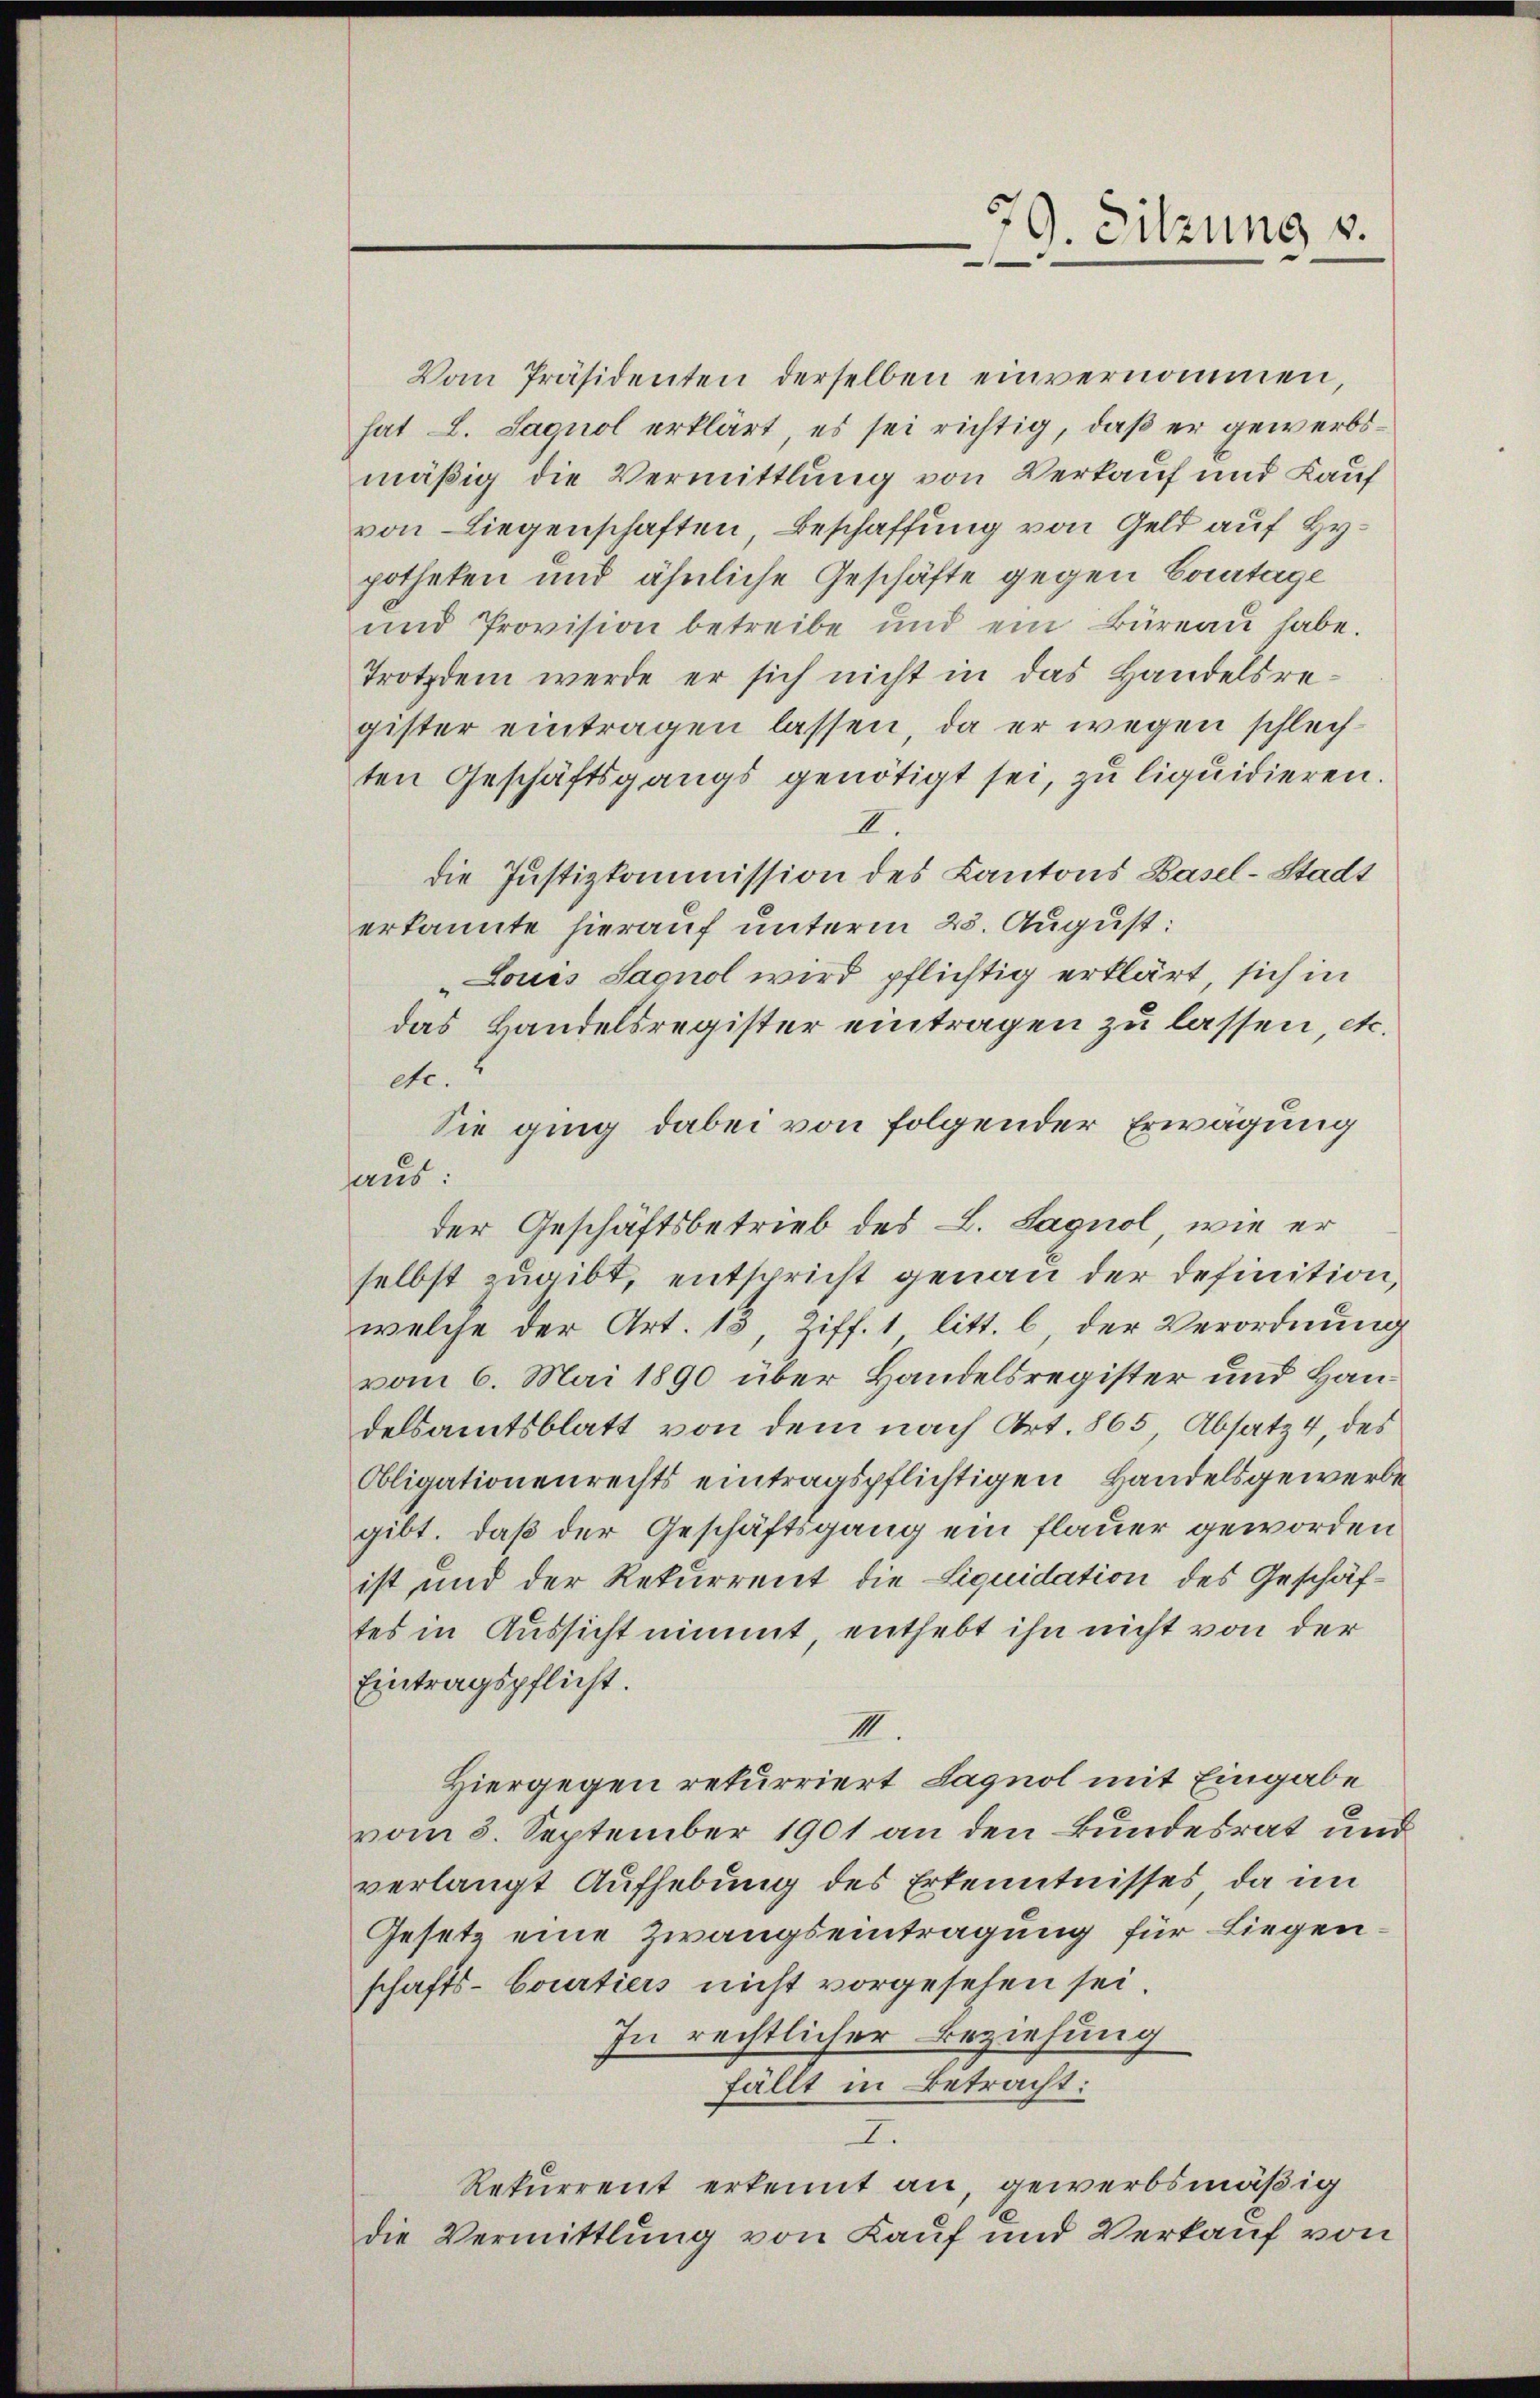
Vom Präsidenten derselben einvernommen,
hat L. Sagnol erklärt, es sei richtig, daß er gewerbsmäßig die Vermittlung von Verkauf und Kauf
von Liegenschaften Beschaffung von Geld auf Hypotheken und ähnliche Geschäfte gegen Courtage
und Provision betreibe und ein Büreaŭ habe.
Trotzdem werde er sich nicht in das Handelsre-
gister eintragen lassen, da er wegen schlechten Geschäftsgangs genötigt sei, zu liquidieren.
II.
die Justizkommission des Kantons Basel-Stadt
erkannte hierauf unterm 23. August:
Loues Sagnol wird pflichtig erklärt, sich in
das Handelsregister eintragen zu lassen, etc.
etc.
Sie ging dabei von folgender Erwägung
faus:
der Geschäftsbetrieb des L. Sagnol, wie er
selbst zugibt, entspricht genau der definition,
welche der Art. 13, Ziff. 1 litt. b, der Verordnung
vom 6. Mai 1890 über Handelsregister und Handelsamtsblatt von dem nach Art. 865 Absatz 4, des
Obligationenrechts eintragspflichtigen Handelsgewerbe
gibt, daß der Geschäftsgang ein flauer geworden
ist und der Rekurrent die Liquidation des Geschäftes in Aussicht nimmt, enthebt ihn nicht von der
Eintragspflicht.
III.
Hiergegen rekurriert Lagnol mit Eingabe
vom 8. September 1901 an den Bundesrat und
verlangt Aufhebung des Erkenntnisses, da im
Gesetz eine Zwangseintragung für Liegen.
schafts-Courtiers nicht vorgesehen sei.
In rechtlicher Beziehung
fällt in Betracht:
I.
Rekurrent erkennt an, gewerbsmäßig
die Vermittlung von Kauf und Verkauf von

79. Sitzung v.